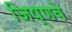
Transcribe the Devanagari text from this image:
जिष्णवे